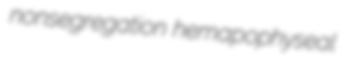
nonsegregation hemapophyseal